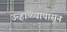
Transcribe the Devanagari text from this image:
उन्हाळ्यापासून